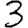
Digit: 3